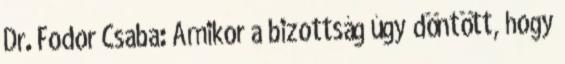
Dr. Fodor Csaba: Amikor a bizottság úgy döntött, hogy